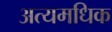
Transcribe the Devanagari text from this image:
अत्यमधिक